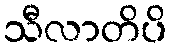
သီလာတိပိ